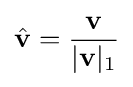
{\hat {\mathbf {v} }}={\frac {\mathbf {v} }{|\mathbf {v} |_{1}}}